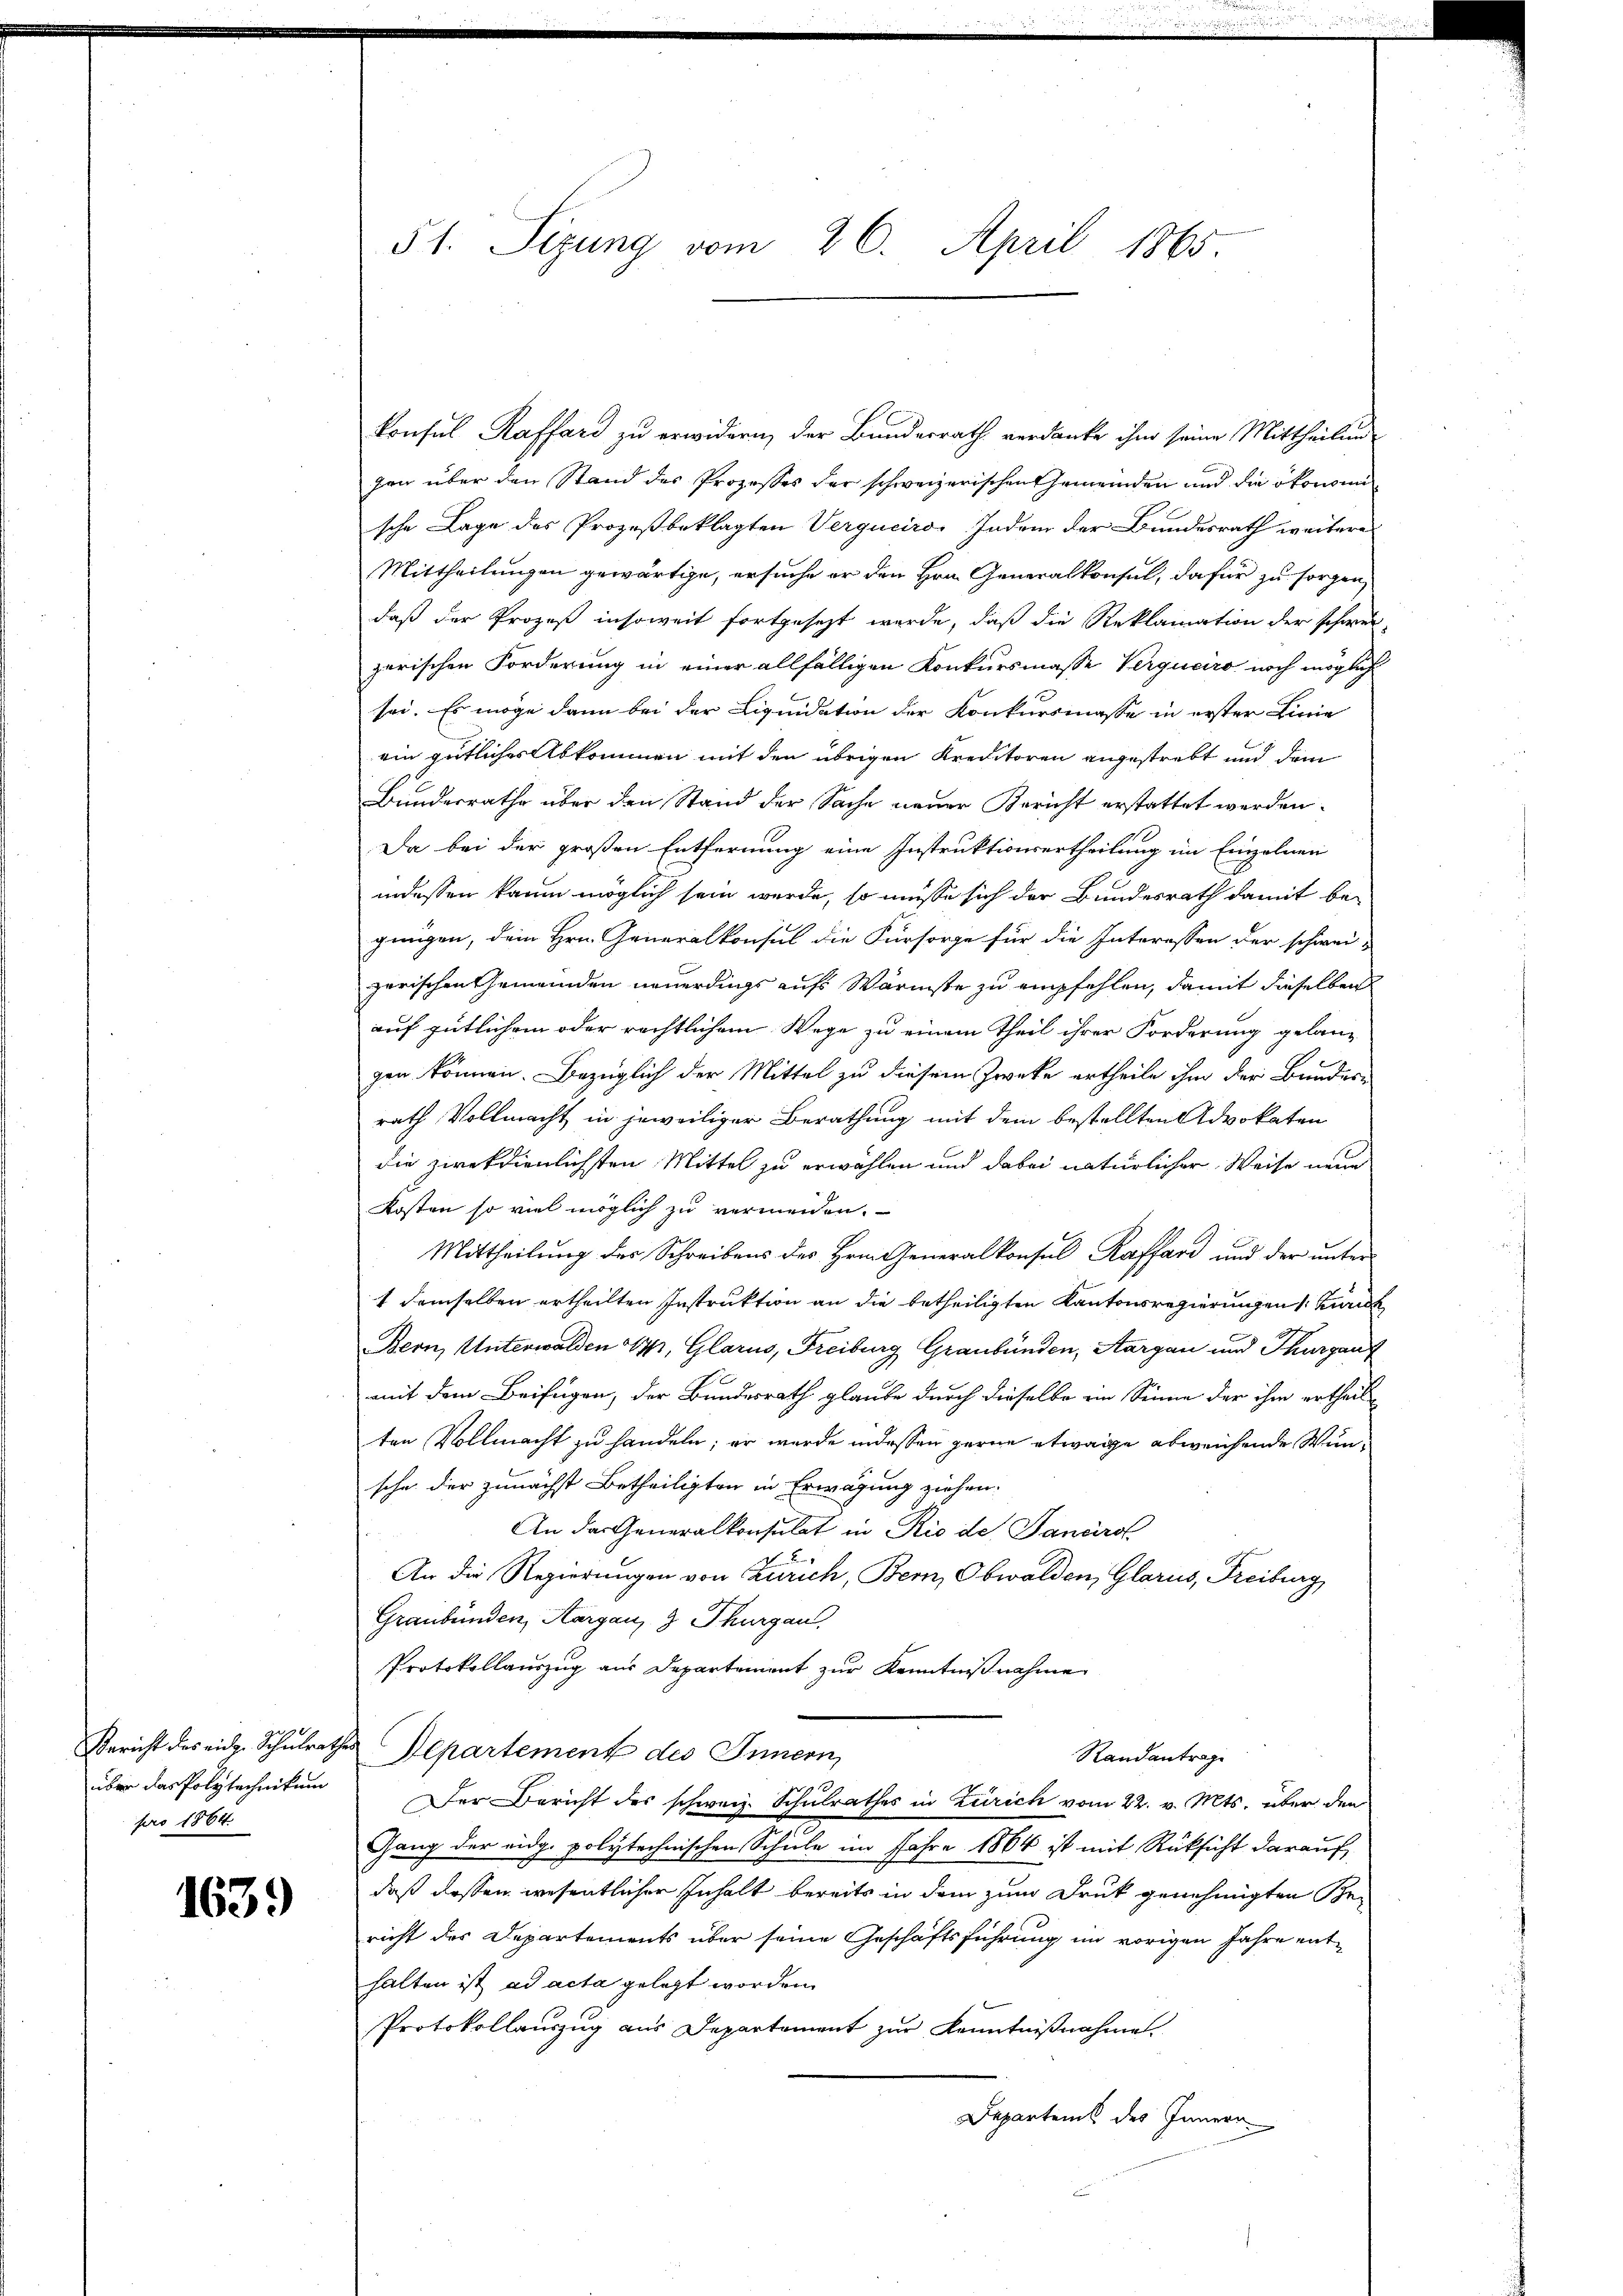
Bericht des eid. Schulraüber das Polytechnikum
pro 1864.

1639

51. Sizung vom 26. April 1865.

konsul Raffard zu erwidern, der Bundesrath verdanke ihm seine Mittheilung
gen über den Stand des Prozesses der schweizerischen Gemeinden und die ökonomi
sche Lage des Prozeßbeklagten Verguciro Indem der Bundesrath weitere
Mittheilungen gewärtige, ersuche er den Hrn. Generalkonsul, dafür zu sorgen
daß der Prozeß insoweit fortgesezt werde, daß die Reklamation der schwer
zerischen Forderung in einer allfälligen Konkursmasse Verquaro noch möglich
sei. Es möge dann bei der Liquidation der Konkursmasse in erster Linie
ein gütliches Abkommen mit den übrigen Kreditoren angestrebt und dem
Bundesrathe über den Stand der Sache neuer Bericht erstattet werden.
Da bei der großen Entfernung eine Instruktionsertheilung im Einzelnen
indessen kaum möglich sein werde, so müsse sich der Bundesrath damit be-
genügen, dem Hrn. Generalkonsul die Fürsorge für die Interessen der schwei-
zerischen Gemeinden neuerdings aufs Wärmste zu empfehlen, damit dieselben
auf gütlichem oder rechtlichem Wege zu einem Theil ihrer Forderung gelang
gen können. Bezüglich der Mittel zu diesem Zwecke ertheile ihm der Bundes-
rath Vollmacht in jeweiliger Berathung mit dem bestellten Advokaten
die ziekdienlichsten Mittel zu erwählen und dabei natürlicher Weise neue
Kosten so viel möglich zu vermeiden.
Mittheilung des Schreibens des Hrn. Generalkonsul Raffard und der unter
1 demselben ertheilten Instruktion an die betheiligten Kantonsregierungen Zürich
Bern, Unterwalden 17, Glarus, Freiburg Graubünden, Aargau und Thurgauf
mit dem Beifügen, der Bundesrath glaube durch dieselbe ein Sinne der ihm ertheil
ten Vollmacht zu handeln; er wurde indessen gerne etwage abweichende Wunsche der zunächst Betheiligten in Erwägung ziehen.
An der Generalkonsulat in Rio de Janeiro
An die Regierungen von Zürich, Bern, Obwalden, Glarus, Freiburg,
Graubünden, Aargau, 3 Thurgau,
Protokollauszug aus Departement zur Kenntnißnahme
u Repartement des Innern,
Randantrage
Der Bericht des schweiz. Schulrathes in Zürich vom 22. v. Mts. über den
Gang der eidg. polytechnischen Schule im Jahre 1864 ist mit Rücksicht darauf
daß dessen wesentlicher Inhalt bereits in dem zum Druck genehmigten Bericht des Departements über seine Geschäftsführung im vorigen Jahre enthalten ist ad acta gelegt worden.
Protokollauszug aus Departement zur Kenntnißnahme.
Departens des Innern